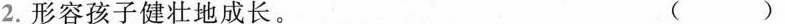
2.形容孩子健壮地成长。（ ）